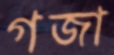
গজা